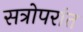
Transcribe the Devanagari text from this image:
सत्रोपरांत